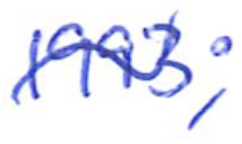
Text: 1993;
Cross-out: wave
Writing tool: ballpoint